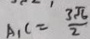
A _ { 1 } C = \frac { 3 \sqrt { 6 } } { 2 }